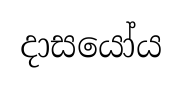
දාසයෝය